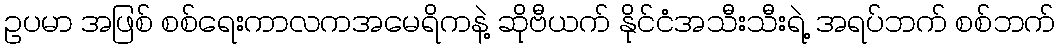
ဥပမာ အဖြစ် စစ်ရေးကာလကအမေရိကနဲ့ ဆိုဗီယက် နိုင်ငံအသီးသီးရဲ့ အရပ်ဘက် စစ်ဘက်